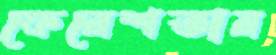
ফেরেশতার